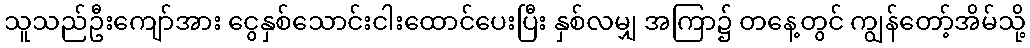
သူသည်ဦးကျော်အား ငွေနှစ်သောင်းငါးထောင်ပေးပြီး နှစ်လမျှ အကြာ၌ တနေ့တွင် ကျွန်တော့်အိမ်သို့